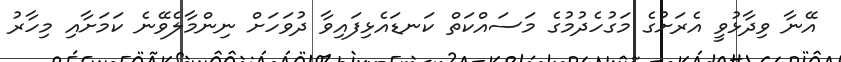
އޭނާ ވިދާޅުވީ އެރަށުގެ މަގުހެދުމުގެ މަސައްކަތް ކަނޑައެޅިފައިވާ ދުވަހަށް ނިންމާލެވޭނެ ކަމަށާއި މިހާރު